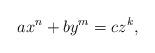
LaTeX: \begin{align*}ax^n + by^m = cz^k, \end{align*}